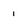
Character: 1